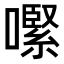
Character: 𡁵